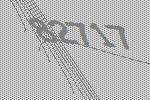
82717